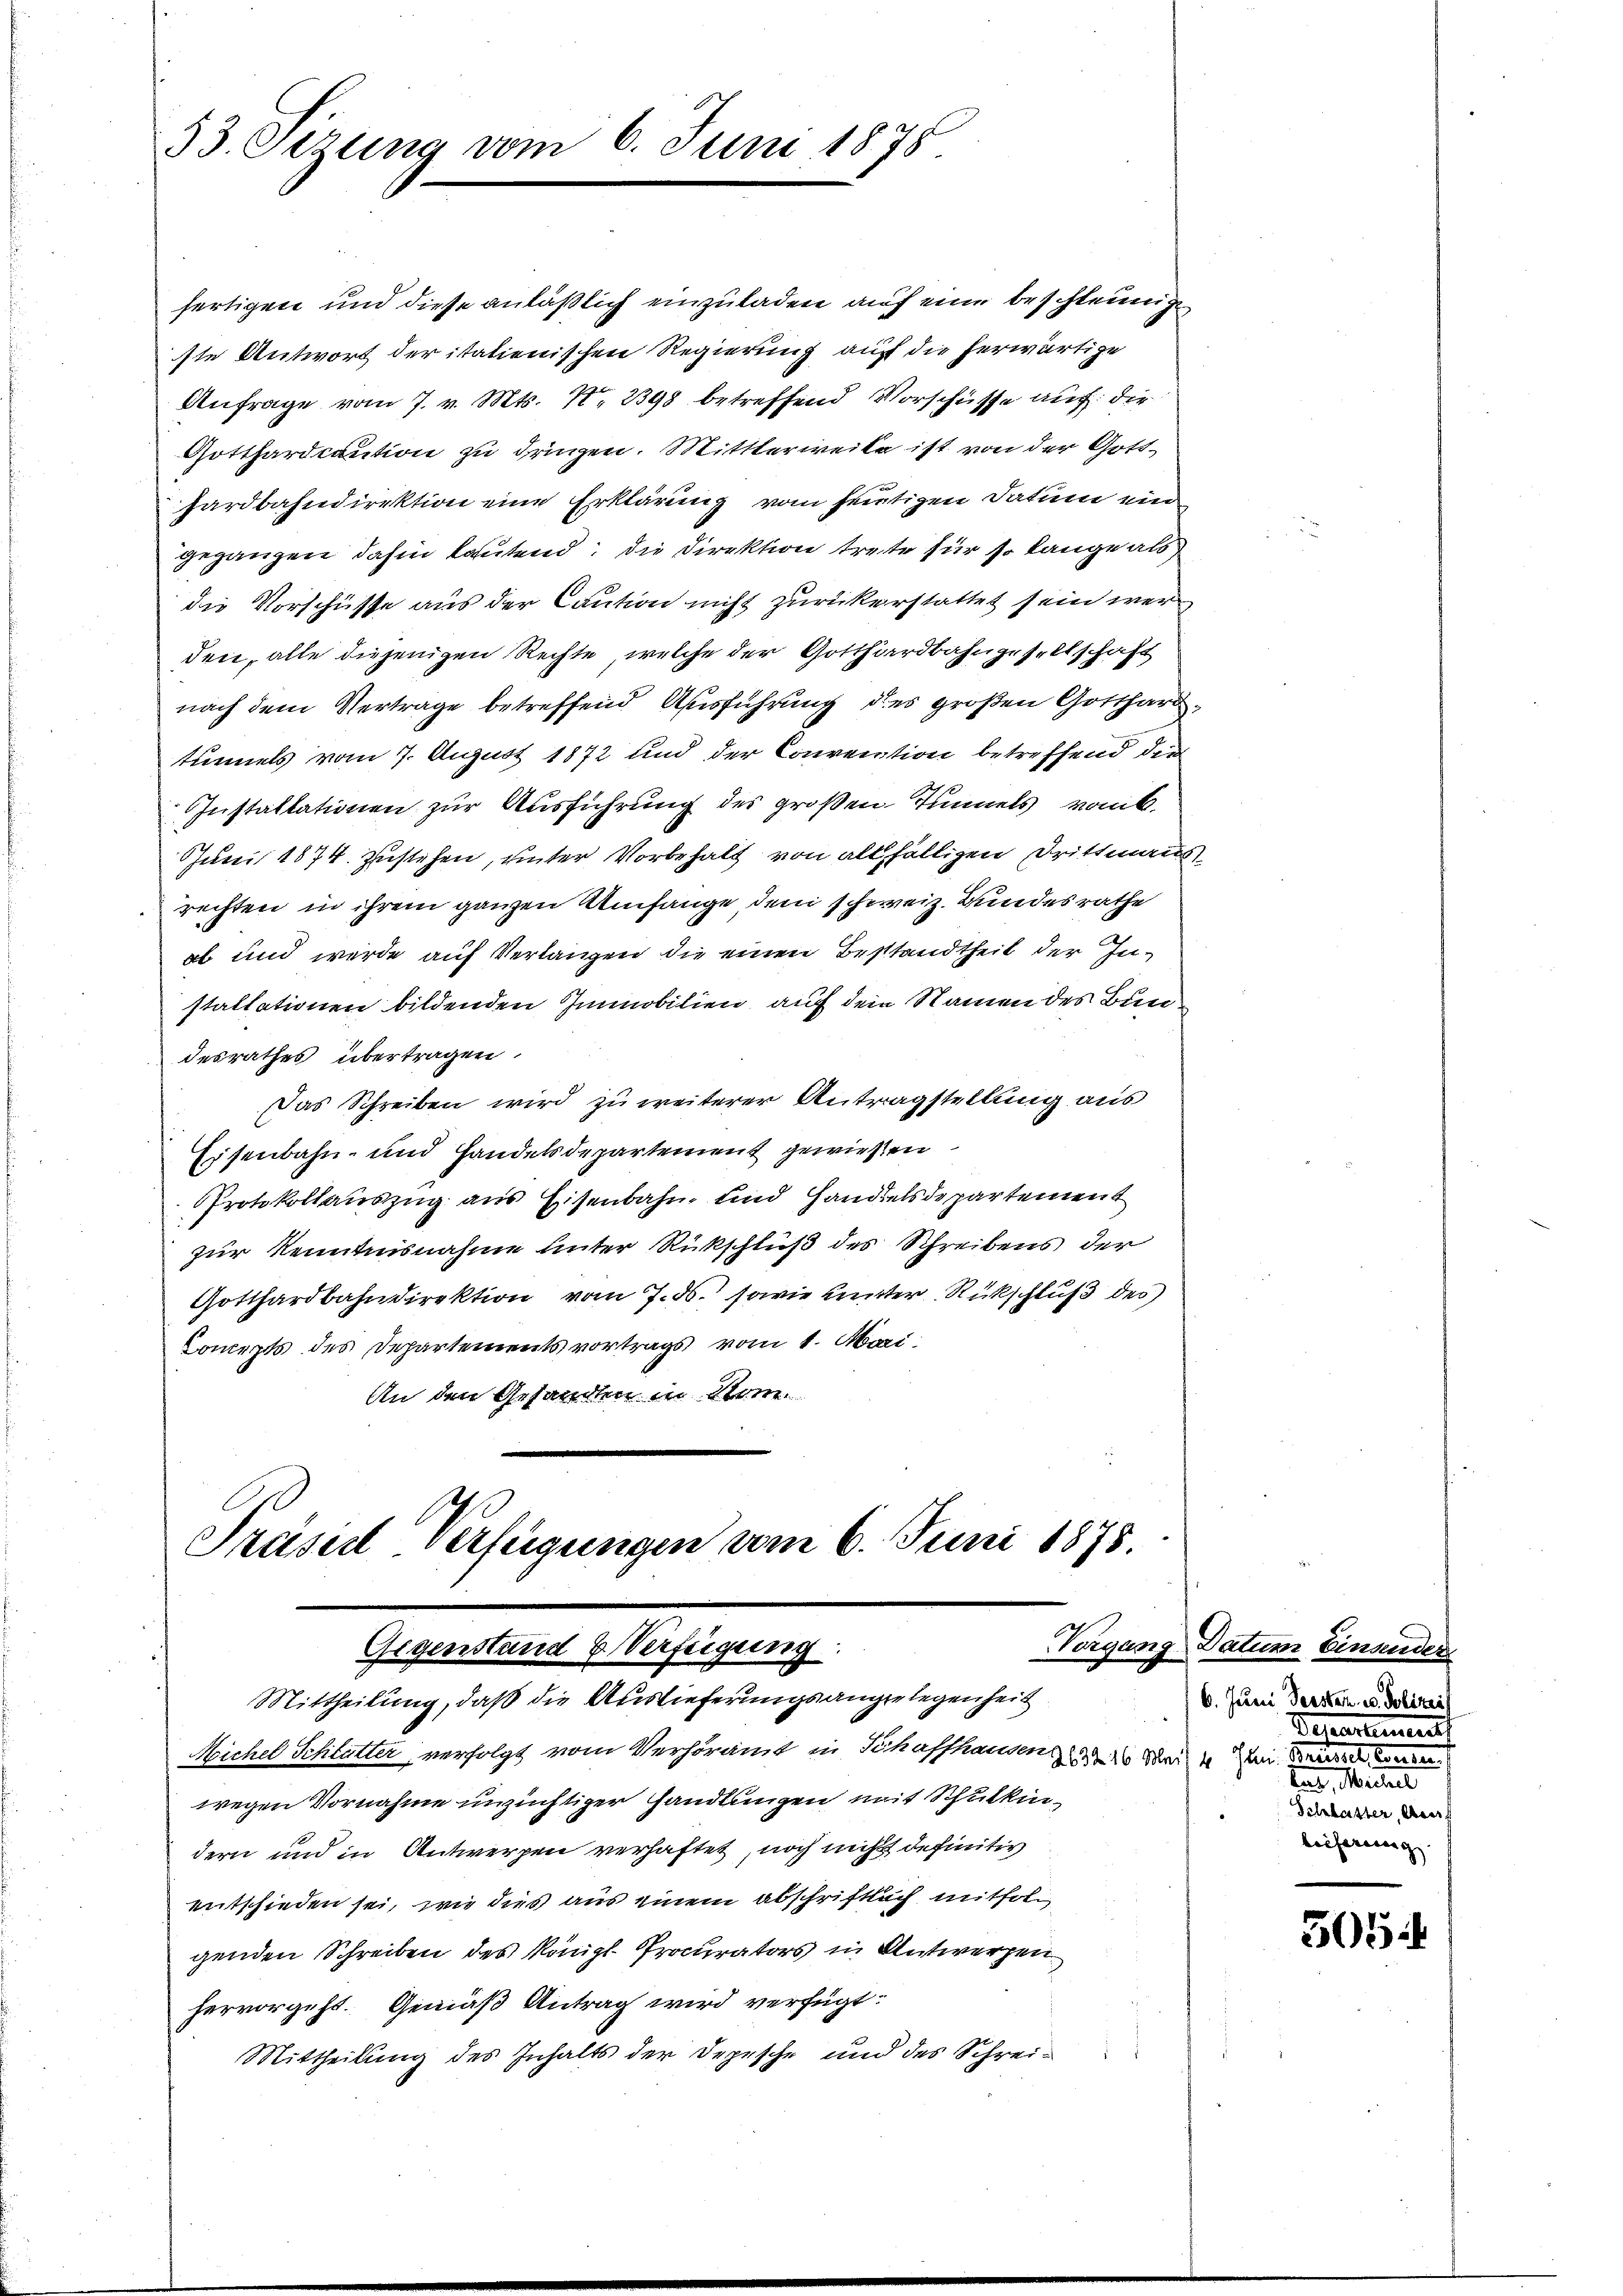
53. Sizung vom 6. Juni 1875

fertigen und diese anläßlich einzuladen auf eine beschleunig
ste Antwort deritatienischen Regierung auf die herwärtige
Anfrage vom 7. v. Mts. No. 2398 betreffend Vorschüsse auf die
Gotthardcaution zu dringen. Mittlerweite ist von der Gotthardbahndirektion eine Erklärung vom heutigen Datum ein
gegangen dahin lautend; die Direktion trete für so lange als
die Vorschüsse aus der Caution nicht zurückerstattet sein wer
den, alle diejenigen Rechte, welche der Gotthardbahngesellschaft
nach dem Vertrage betreffend Ausführung des großen Gotthardtunnels vom 7. August 1872 und der Convention betreffend die
Installationen zur Ausführung des großen Tunnels vom k.
Juni 1874 zustehen, unter Vorbehalt von allfälligen Drittmanns
rechten in ihrem ganzen Umfange dem schweiz. Bundesrathe
ab und wurde auf Verlangen die einen Bestandtheil der Instaltationen bildenden Immobilien, auf dem Namen des Bundesrathes übertragen.
Eisenbahn- und Handelsdepartement gewiesen
Protokollauszug aus Eisenbahn, und Handelsdepartement
zur Kenntnisnahme unter Rückschluß des Schreibens der
Gotthardbahndirektion vom 7. ds. sowie unter Rückschluß des
Concepts des Departements vortrags vom 1. Mari
An den Gesandten in Kom

Präsid Verfügungen vom 6. Juni 1875.
Gigenstand & Verfügung
Mittheilung, daß die Auslieferungsangelegenheit

Das Schreiben wird zu weiterer Antragstellung aus

Michel Schlutter, verfolgt vom Verhöramt in Schaffhausen. So sei u den de
wegen Vornahme unzüchtiger Handlungen mit Schulkindern und in Antwerpen verhaftet, noch nicht definitiv
entschieden sei, wie dies aus einem abschriftlich mitfolgenden Schreiben des Königl. Procurators in Antwerzen
hervorgeht. Gemäß Antrag wird verfügt:
Mittheilung des Inhalts der Depesche und des Schrei¬

Vorgang Datum Einander
6. Juni Teester u. Polizeis
Deheartement
, M. ei
Schlatter, Auf
lieferung

305